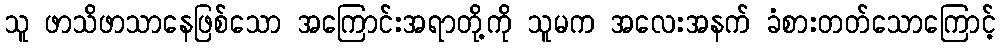
သူ ဖာသိဖာသာနေဖြစ်သော အကြောင်းအရာတို့ကို သူမက အလေးအနက် ခံစားတတ်သောကြောင့်